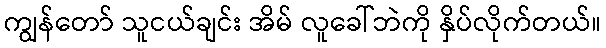
ကျွန်တော် သူငယ်ချင်း အိမ် လူခေါ်ဘဲကို နှိပ်လိုက်တယ်။